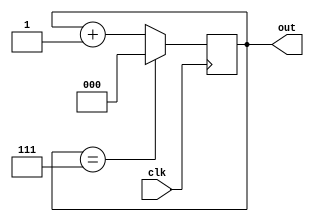
module random_generator_06(clk, out);
	input clk;
	output reg [2:0]out;
	
	always @(posedge clk)
	begin
	out <= (out == 3'b111) ? 0 : out+1'b1;
	end
endmodule